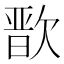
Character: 𭭒